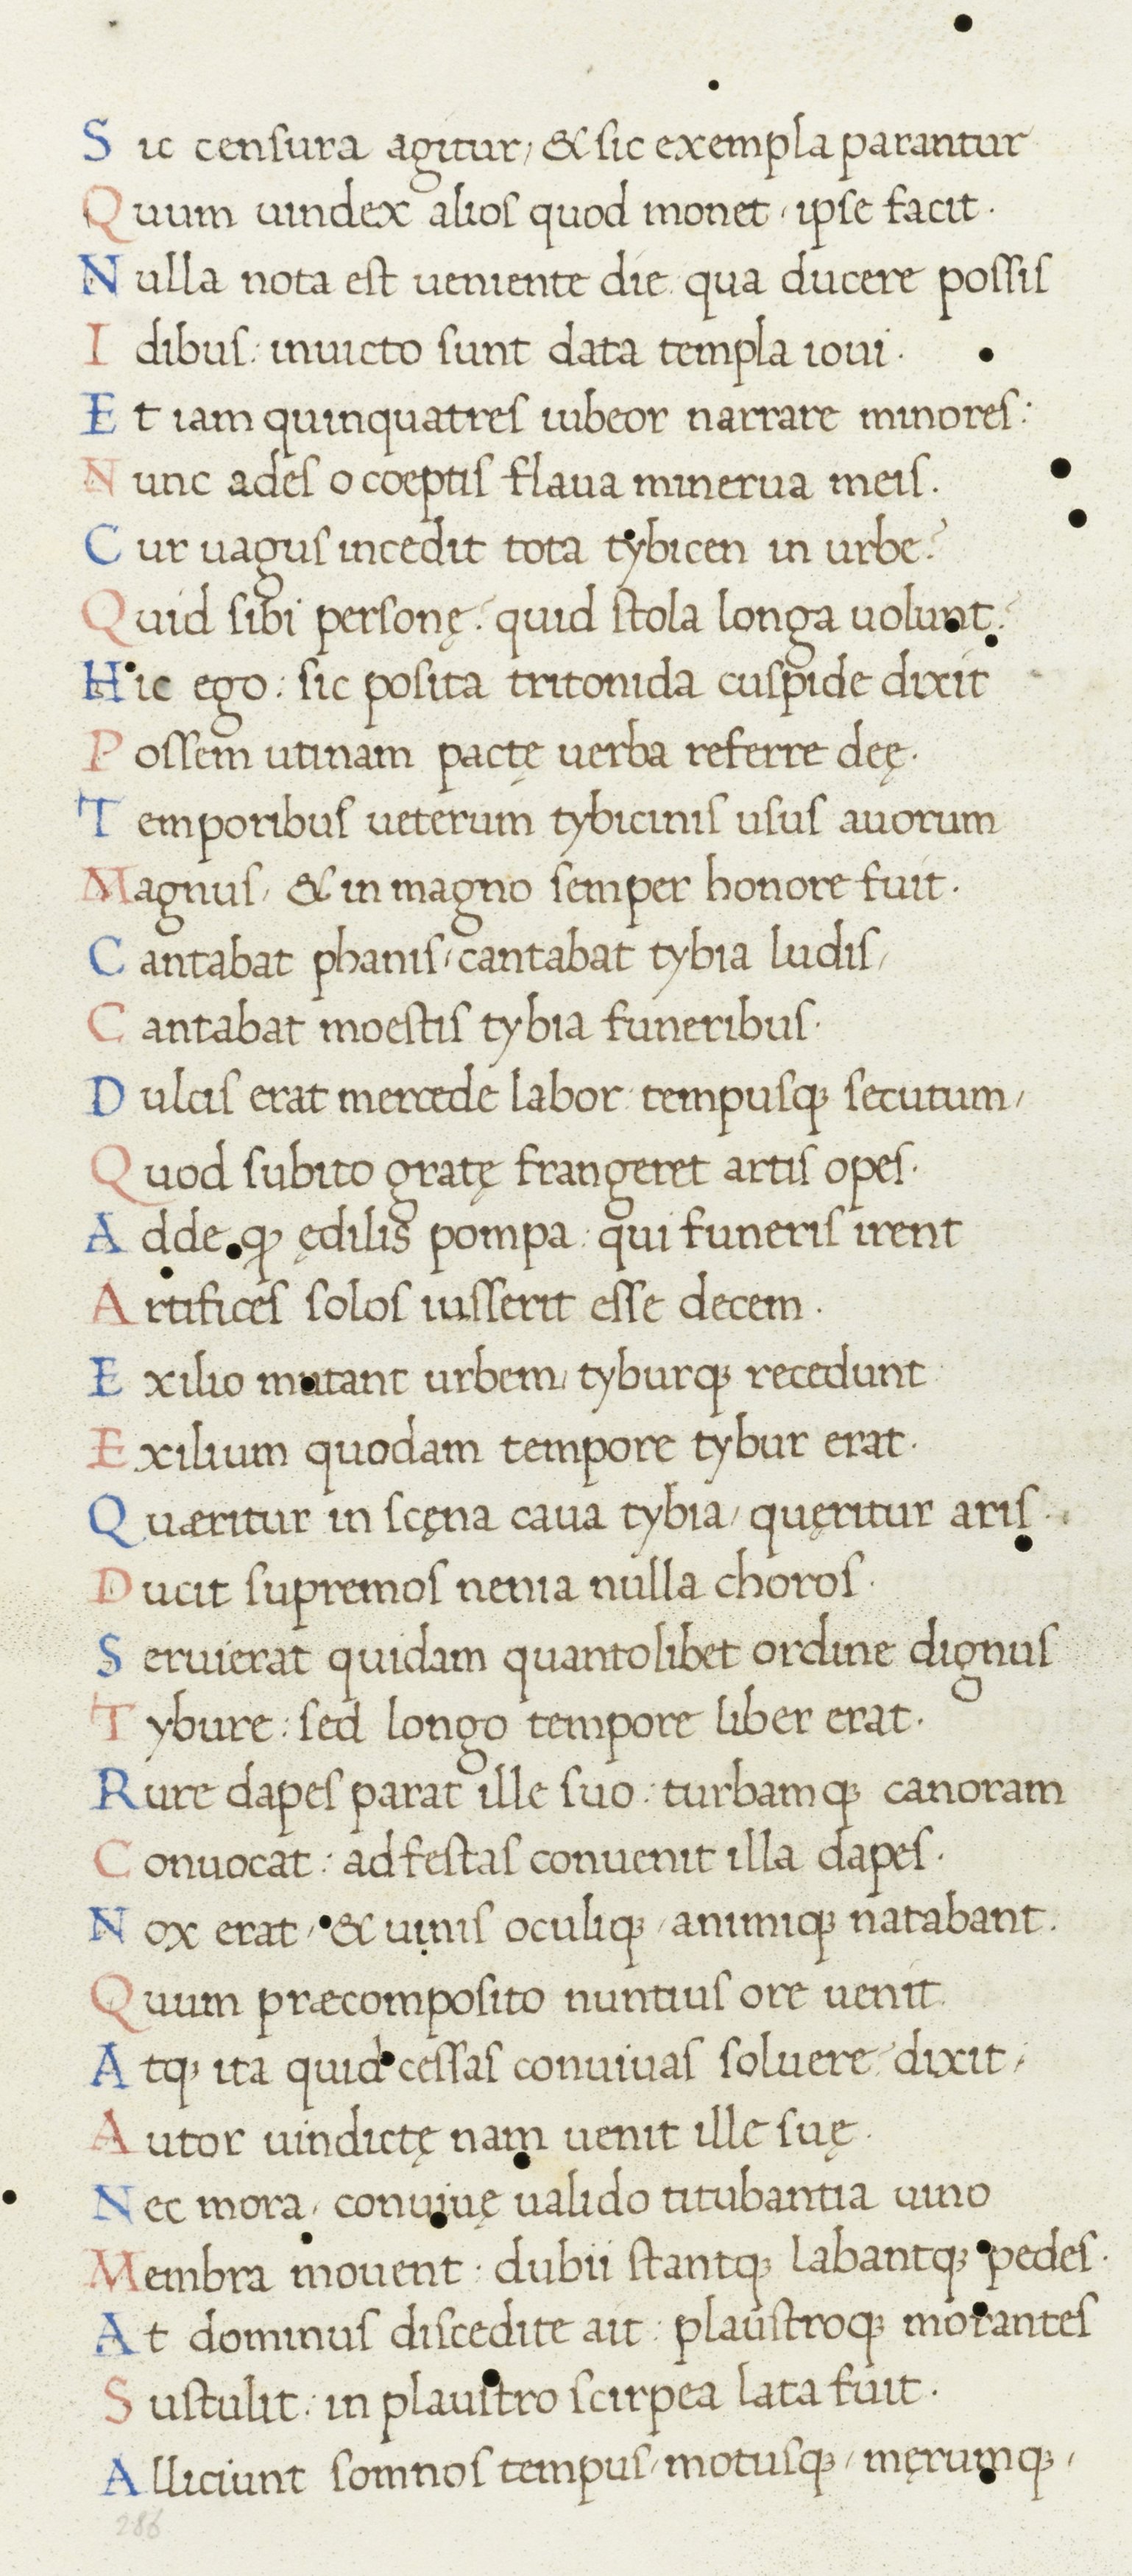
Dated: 1465–1495